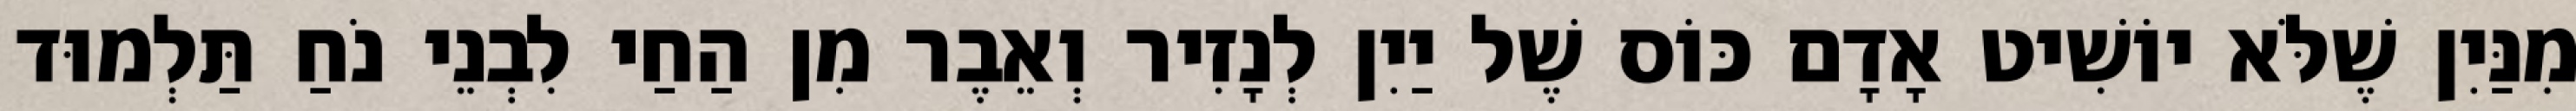
מִנַּיִן שֶׁלֹּא יוֹשִׁיט אָדָם כּוֹס שֶׁל יַיִן לְנָזִיר וְאֵבֶר מִן הַחַי לִבְנֵי נֹחַ תַּלְמוּד